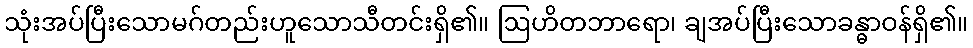
သုံးအပ်ပြီးသောမဂ်တည်းဟူသောသီတင်းရှိ၏။ ဩဟိတဘာရော၊ ချအပ်ပြီးသောခန္ဓာဝန်ရှိ၏။